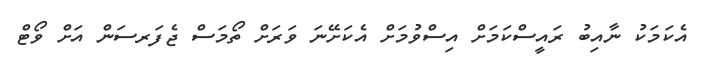
އެކަަމަކު ނާއިބު ރައީސްކަމަށް އިސްވުމަށް އެކަށޭނަ ވަރަށް ތޯމަސް ޖެފަރސަން އަށް ވޯޓް